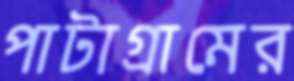
পাটাগ্রামের